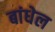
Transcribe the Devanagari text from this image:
बांधेल